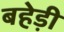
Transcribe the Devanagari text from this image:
बहेड़ी